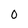
Character: 0